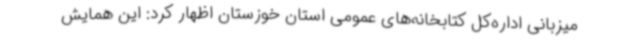
میزبانی اداره‌کل کتابخانه‌های عمومی استان خوزستان اظهار کرد: این همایش